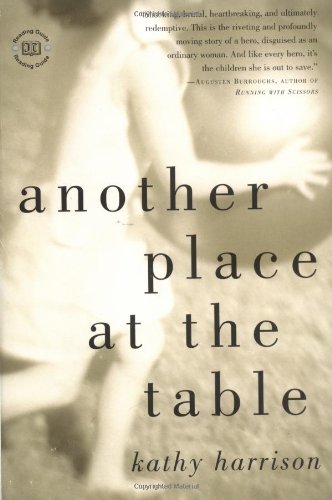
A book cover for Another Place at the Table; Kathy Harrison; Parenting & Relationships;